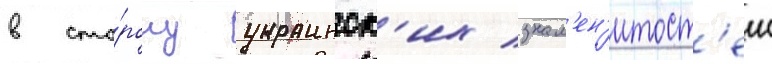
в сто́рону украинск'их знам'ен'итост'еи